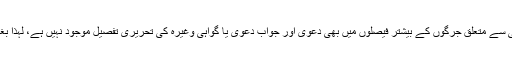
اول تو قبائلی علاقوں میں اراضی ریکارڈ (لینڈ ریکارڈ) موجود نہیں ہے، پھر اراضی سے متعلق جرگوں کے بیشتر فیصلوں میں بھی دعویٰ اور جواب دعویٰ یا گواہی وغیرہ کی تحریری تفصیل موجود نہیں ہے، لہذا بغیر اراضی ریکارڈ کے کسی بھی عدالت کے جج کو فیصلہ کرنے میں مشکل ہوگی۔